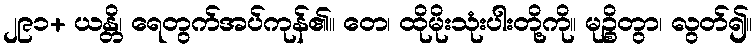
၂၉၁+ ယန္တိ၊ ရေတွက်အပ်ကုန်၏။ တေ၊ ထိုမိုးသုံးပါးတို့ကို။ မုဉ္စိတွာ၊ လွတ်၍။